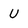
Character: U